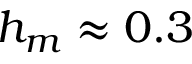
h _ { m } \approx 0 . 3